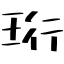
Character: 珩